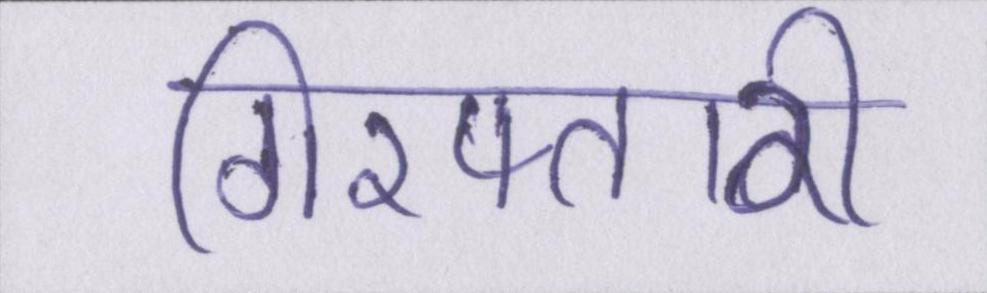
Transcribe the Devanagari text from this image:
गिरफ्तारी